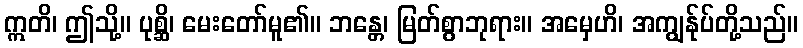
ဣတိ၊ ဤသို့။ ပုစ္ဆိ၊ မေးတော်မူ၏။ ဘန္တေ၊ မြတ်စွာဘုရား။ အမှေဟိ၊ အကျွန်ုပ်တို့သည်။